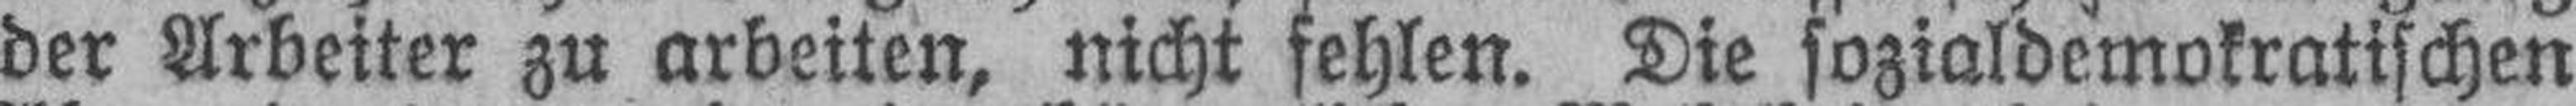
der Arbeiter zu arbeiten, nicht fehlen. Die sozialdemokratischen